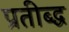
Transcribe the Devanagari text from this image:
प्रतीब्द्ध